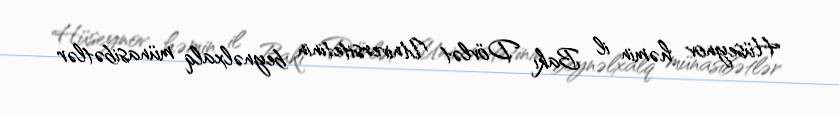
Hüseynov həmin il Bakı Dövlət Universitetinin beynəlxalq münasibətlər